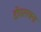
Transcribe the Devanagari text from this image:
डोंगररचना